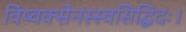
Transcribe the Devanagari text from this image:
विष्वक्सेनस्स्वसिद्धिदः।